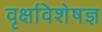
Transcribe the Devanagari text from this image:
वृक्षविशेषज्ञ